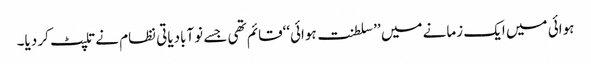
ہوائی میں ایک زمانے میں ’’سلطنت ہوائی‘‘قائم تھی جسے نوآبادیاتی نظام نے تلپٹ کر دیا۔